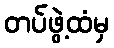
တပ်ဖွဲ့ထံမှ